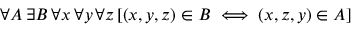
\forall A \, \exists B \, \forall x \, \forall y \, \forall z \, [ ( x , y , z ) \in B \iff ( x , z , y ) \in A ]